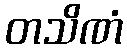
တသိဏံ